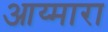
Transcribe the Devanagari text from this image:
आय्मारा